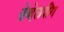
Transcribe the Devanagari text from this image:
डेव्हेलपींग